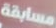
مسابقة